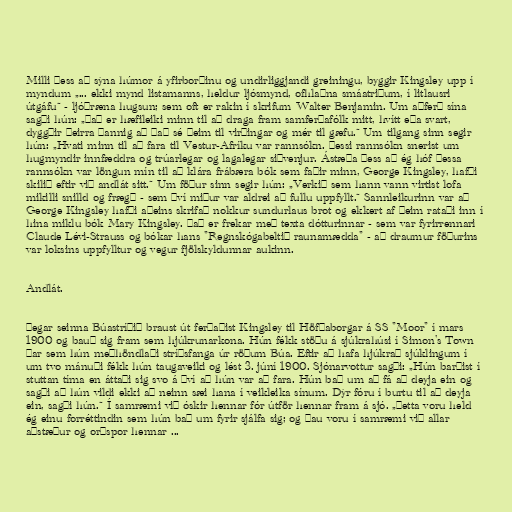
Milli þess að sýna húmor á yfirborðinu og undirliggjandi greiningu, byggir Kingsley upp í
myndum „... ekki mynd listamanns, heldur ljósmynd, ofhlaðna smáatriðum, í litlausri
útgáfu“ - ljóðræna hugsun; sem oft er rakin í skrifum Walter Benjamin. Um aðferð sína
sagði hún: „Það er hæfileiki minn til að draga fram samferðafólk mitt, hvítt eða svart,
dyggðir þeirra þannig að það sé þeim til virðingar og mér til gæfu.“ Um tilgang sinn segir
hún: „Hvati minn til að fara til Vestur-Afríku var rannsókn. Þessi rannsókn snerist um
hugmyndir innfæddra og trúarlegar og lagalegar siðvenjur. Ástæða þess að ég hóf þessa
rannsókn var löngun mín til að klára frábæra bók sem faðir minn, George Kingsley, hafði
skilið eftir við andlát sitt.“ Um föður sinn segir hún: „Verkið sem hann vann virtist lofa
mikilli snilld og frægð - sem því miður var aldrei að fullu uppfyllt.“ Sannleikurinn var að
George Kingsley hafði aðeins skrifað nokkur sundurlaus brot og ekkert af þeim rataði inn í
hina miklu bók Mary Kingsley. Það er frekar með texta dótturinnar - sem var fyrirrennari
Claude Lévi-Strauss og bókar hans "Regnskógabeltið raunamædda" - að draumur föðurins
var loksins uppfylltur og vegur fjölskyldunnar aukinn.

Andlát.

Þegar seinna Búastríðið braust út ferðaðist Kingsley til Höfðaborgar á SS "Moor" í mars
1900 og bauð sig fram sem hjúkrunarkona. Hún fékk stöðu á sjúkrahúsi í Simon's Town
þar sem hún meðhöndlaði stríðsfanga úr röðum Búa. Eftir að hafa hjúkrað sjúklingum í
um tvo mánuði fékk hún taugaveiki og lést 3. júní 1900. Sjónarvottur sagði: „Hún barðist í
stuttan tíma en áttaði sig svo á því að hún var að fara. Hún bað um að fá að deyja ein og
sagði að hún vildi ekki að neinn sæi hana í veikleika sínum. Dýr fóru í burtu til að deyja
ein, sagði hún.“ Í samræmi við óskir hennar fór útför hennar fram á sjó. „Þetta voru held
ég einu forréttindin sem hún bað um fyrir sjálfa sig; og þau voru í samræmi við allar
aðstæður og orðspor hennar ...